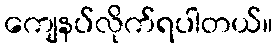
ကျေနပ်လိုက်ရပါတယ်။